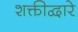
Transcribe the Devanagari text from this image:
शक्तीद्वारे